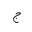
Letter: _gim